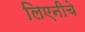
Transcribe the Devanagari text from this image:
लिएनीचे